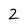
Character: 2